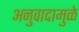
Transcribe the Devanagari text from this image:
अनुवादामुळे